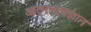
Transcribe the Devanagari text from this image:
आत्मतत्वज्ञान